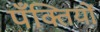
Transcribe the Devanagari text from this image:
पँक्तियों